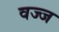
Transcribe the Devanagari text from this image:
वज्ज